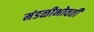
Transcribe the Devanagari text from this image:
मंडळीभोवती